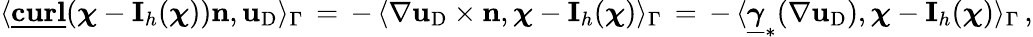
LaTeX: \langle\underline{{\mathbf{curl}}}({\boldsymbol\chi}-\mathbf{I}_{h}({\boldsymbol\chi})){\mathbf{n}},\mathbf{u}_{\mathrm{D}}\rangle_{\Gamma}\, =\, -\, \langle\nabla\mathbf{u}_{\mathrm{D}}\times{\mathbf{n}},{\boldsymbol\chi}-\mathbf{I}_{h}({\boldsymbol\chi})\rangle_{\Gamma}\, =\, -\, \langle\underline{{{\boldsymbol\gamma}}}_{*}(\nabla\mathbf{u}_{\mathrm{D}}),{\boldsymbol\chi}-\mathbf{I}_{h}({\boldsymbol\chi})\rangle_{\Gamma}\, ,